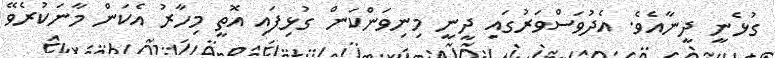
ގުޅެނީ ދީނާއެވެ. އެދުވަސްވަރުގައި ދީނީ މިނިވަންކަން ގުޅިފައި އޮތީ މިހާރު އެކަން މާނަކުރެވޭ